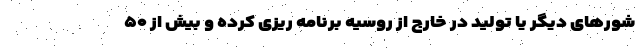
شورهای دیگر یا تولید در خارج از روسیه برنامه ریزی کرده و بیش از ۵۰